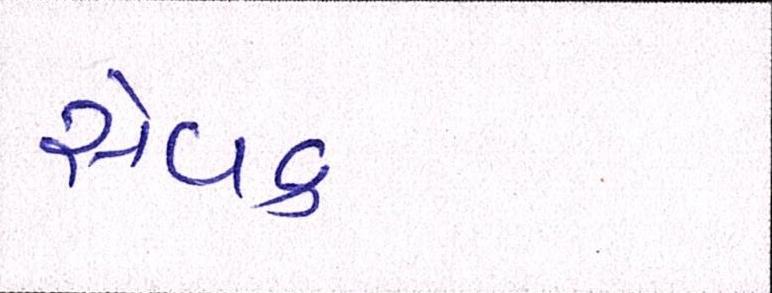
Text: સેવક